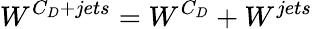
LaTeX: W^{C_{D}+jets}=W^{C_{D}}+W^{jets}